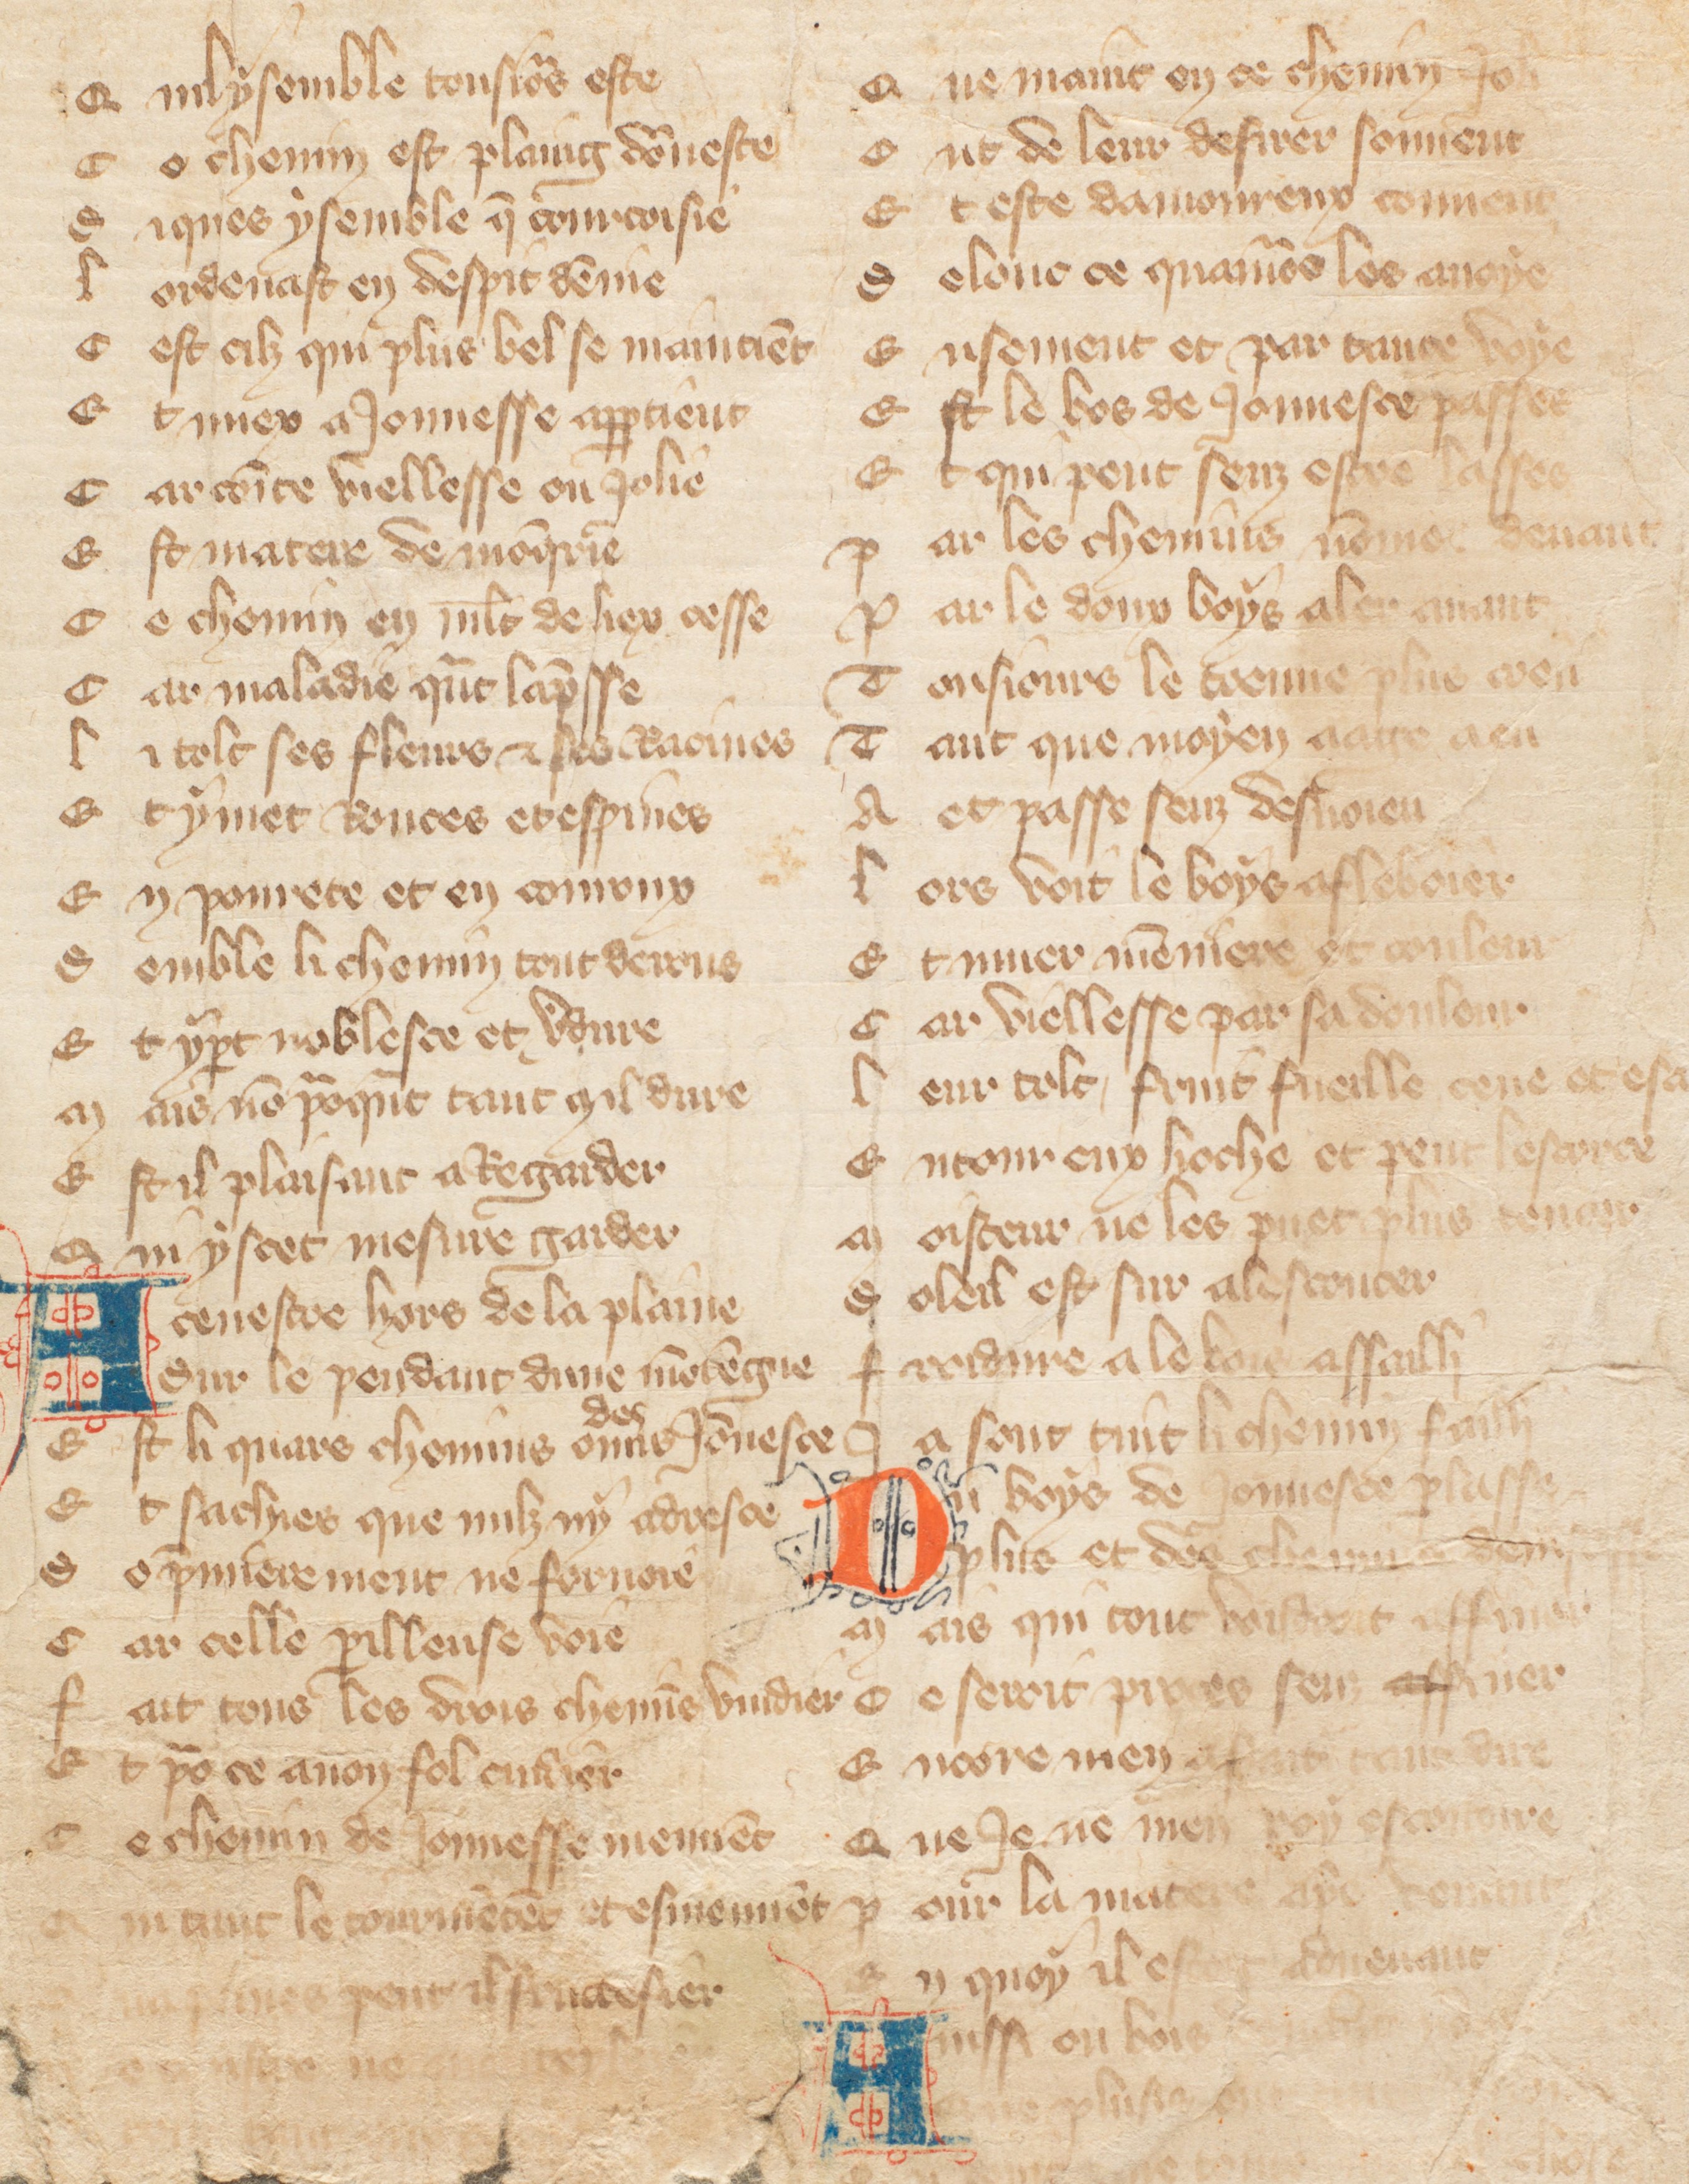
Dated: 1355–1395